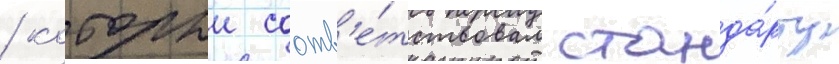
/ которыи соотв'е́тствовал станда́рту